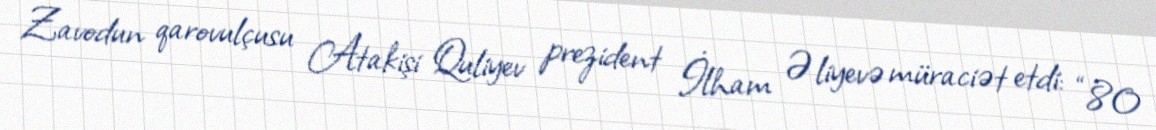
Zavodun qarovulçusu Atakişi Quliyev prezident İlham Əliyevə müraciət etdi: “80